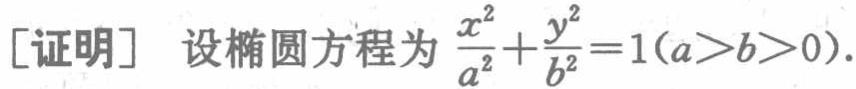
[证明] 设椭圆方程为 \(\frac{x^{2}}{a^{2}}+\frac{y^{2}}{b^{2}} = 1(a > b > 0)\).